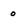
Character: 0